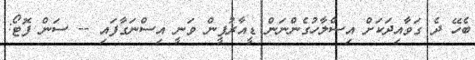
ބެހޭ ދެ ގަވާއިދަކަށް އިސްލާހުގެންނަން ޑީއާރުޕީން ވަނީ އިސްނަގާފައި -- ސަން ފޮޓޯ: